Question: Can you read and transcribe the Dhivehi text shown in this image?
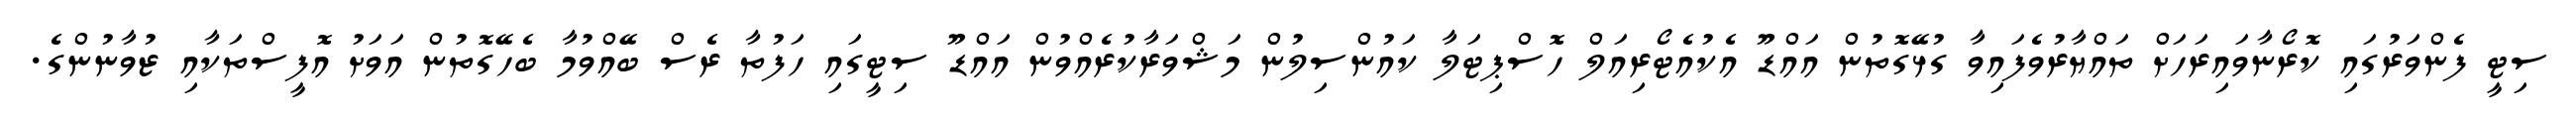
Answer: ސިޓީ ފެންވަރުގައި ކޮރޯނާވައިރަހަށް ތައްޔާރުވެފައިވާ ގުޅޭގޮތުން އައްޑޫ އެކުއެޓޯރިއަލް ހޮސްޕިޓަލާ ކައުންސިލުން މަޝްވަރާކުރެއްވުން އައްޑޫ ސިޓީގައި ހަފުތާ ރެސް ބޭއްވުމާ ބެހޭގޮތުން އަވަށު އޮފީސްތަކާއި ޒުވާނުންގެ.